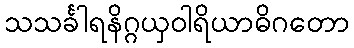
သသင်္ခါရနိဂ္ဂယှဝါရိယာဓိဂတော